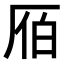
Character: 𠩡